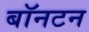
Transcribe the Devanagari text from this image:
बॉनटन